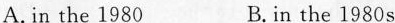
A. in the 1980 B.in the 1980s